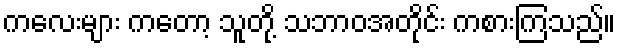
ကလေးများ ကတော့ သူတို့ သဘာဝအတိုင်း ကစားကြသည်။